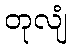
တုလျံ